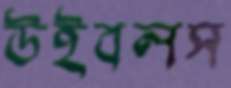
উইবলস